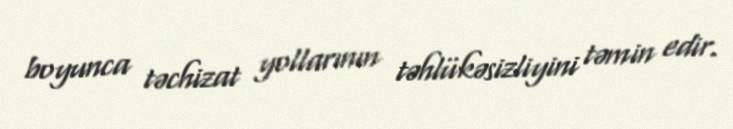
boyunca təchizat yollarının təhlükəsizliyini təmin edir.